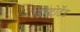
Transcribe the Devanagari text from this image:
डिस्टोर्टेड